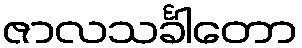
ဇာလသင်္ခါတော